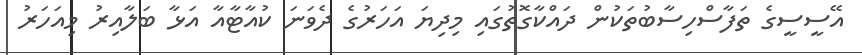
އޭސީސީގެ ތަފާސްހިސާބުތަކުން ދައްކާގޮތުގައި މިދިޔަ އަހަރުގެ ދެވަނަ ކުއާޓާއާ އަޅާ ބަލާއިރު މިއަހަރު